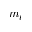
m _ { \ell }